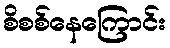
စိစစ်နေကြောင်း